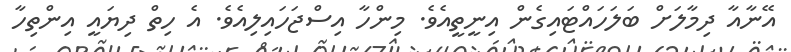
އޭނާއާ ދިމާލަށް ބަލަހައްޓައިގެން އިނީތީއެވެ. މިންހާ އިސްޖަހައިލިއެވެ. އެ ހިތް ދިޔައީ އިންތިހާ